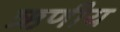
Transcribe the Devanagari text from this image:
ऋणीय